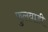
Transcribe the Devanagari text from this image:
फुलवाडी